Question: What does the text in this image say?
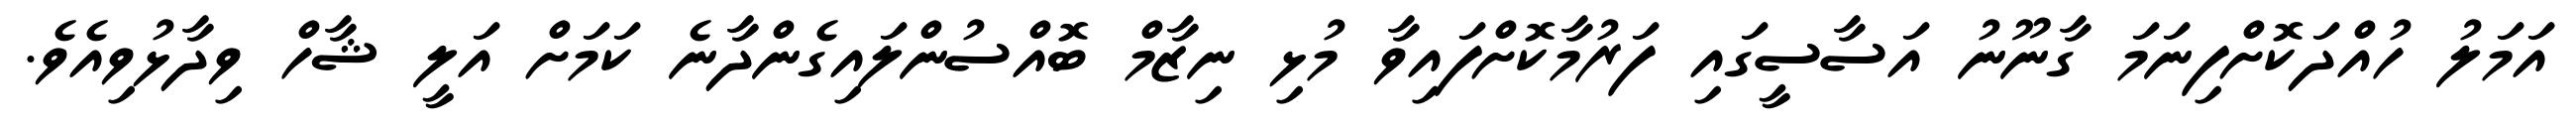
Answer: އަމަލު ހުއްދަކޮށްފިނަމަ ގާނޫނު އަސާސީގައި ފަރުމާކޮށްފައިވާ މުޅި ނިޒާމް ބޮއްސުންލައިގެންދާނެ ކަމަށް އަލީ ޝާހް ވިދާޅުވިއެވެ.